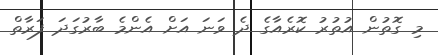
މި ގޮތުން އުތުރު ކޮރެއާގެ ދެ ވަނަ އަށް އެންމެ ބާރުގަދަ ފަރާތް